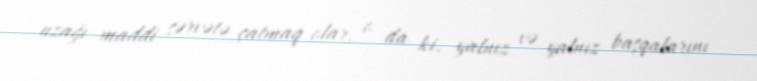
uzağı maddi sərvətə çatmaq olar, o da ki, yalnız və yalnız başqalarını